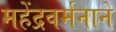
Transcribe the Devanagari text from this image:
महेंद्रवर्मनाने